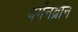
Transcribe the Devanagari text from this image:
बर्मनब्रौन